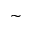
\sim